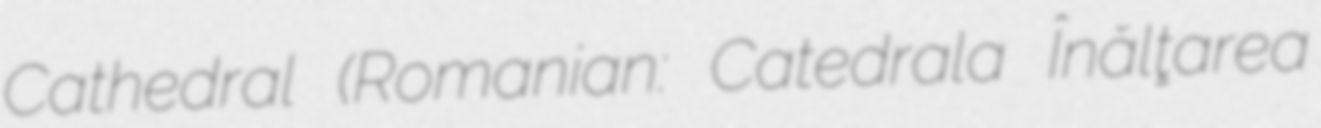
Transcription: Cathedral (Romanian: Catedrala Înălţarea